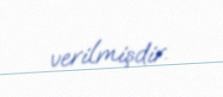
verilmişdir.